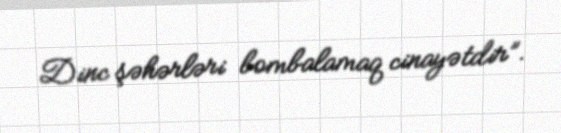
Dinc şəhərləri bombalamaq cinayətdir”.